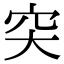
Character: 𥤮